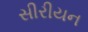
સીરીયન